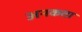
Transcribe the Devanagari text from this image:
अनकता